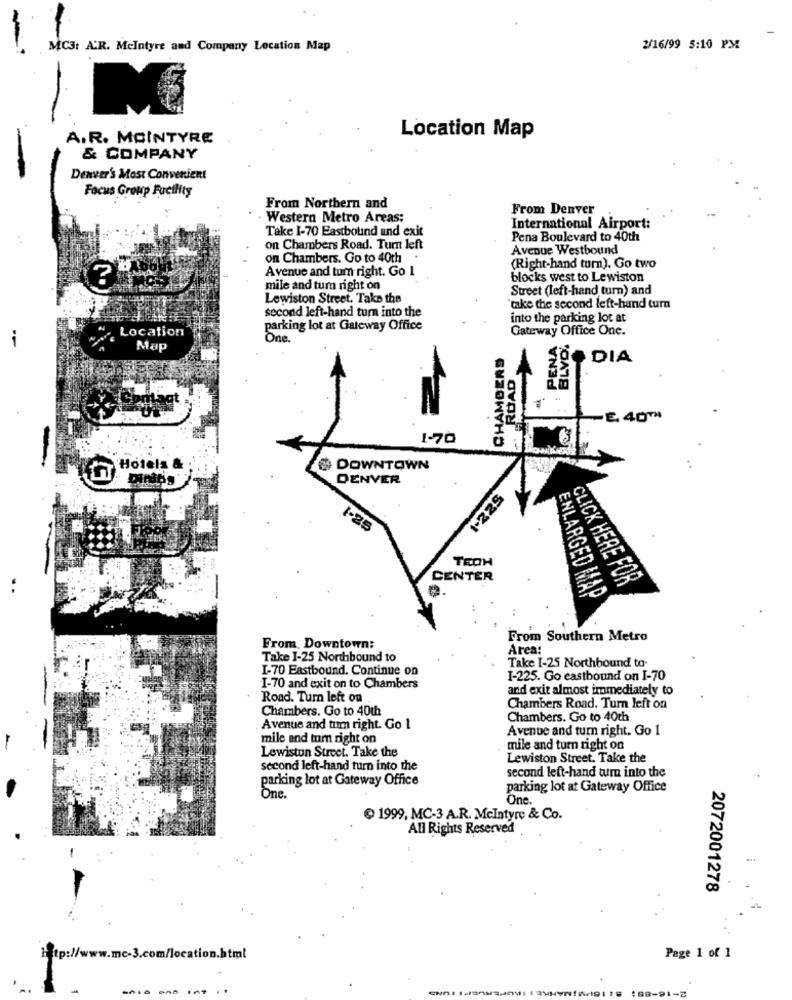
MC3: AR. McIntyre and Company Location Map
2/16/99 5:10 PM
A.R. MCINTYRE
Location Map
& COMPANY
Denver's Most Convenient
Focus Group Facility
From Northern and
From Denver
· Western Metro Areas;
International Airport:
Take I-70 Eastbound and exit
Pena Boulevard to 40th
on Chambers Road. Tum left
Avenue Westbound
on Chambers. Go to 40th
Avenue and tum right. Go 1
(Right-hand turn). Go two
?
blocks west to Lewiston
mile and turn right on
Street (left-hand turn) and
Lewiston Street. Take the
second left-hand turn into the
"take the second left-hand turn
into the parking lot at
Location
parking lot at Gateway Office
Gateway Office One.
One.
BLVO.
Map
AMBERS
DIA
ROAD
-E. 40™
1-70
Hotels &
# DOWNTOWN
DENVER
1-225
1-25
TEOH
CENTER
CLICK HERE FOR
ENLARGED MAP
From Southern Metro
From Downtown:
Area:
Take 1-25 Northbound to
I-70 Eastbound. Continue on
Take I-25 Northbound to-
I-225. Go eastbound on I-70
I-70 and exit on to Chambers
and exit almost immediately to
Road. Turn left on
Chambers. Go to 40th
Chambers Road. Turn left on
Chambers. Go to 40th
Avenue and tum right. Go 1
Avenue and turn right. Go 1
mile and turn right on
Lewiston Street. Take the
mile and turn right on
Lewiston Street. Take the
second left-hand turn into the
parking lot at Gateway Office
second left-hand tum into the
parking lot at Gateway Office
One.
One.
1999, MC-3 A.R. McIntyre & Co.
All Rights Reserved
2072001278
.4
htp://www.mc-3.com/location.html
Page 1 of 1